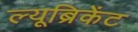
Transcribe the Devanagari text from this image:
ल्यूब्रिकेंट